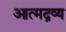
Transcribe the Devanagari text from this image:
आत्मद्रव्य